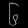
Digit: ၆